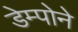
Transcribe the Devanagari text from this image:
डेम्पोने